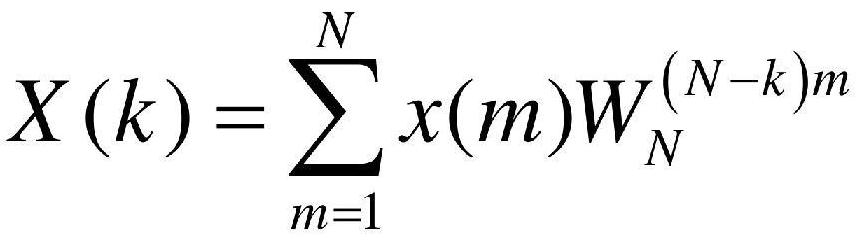
\[X(k)=\sum_{m = 1}^{N}x(m)W_{N}^{(N - k)m}\]